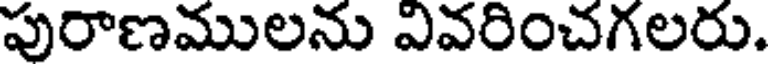
పురాణములను వివరించగలరు.